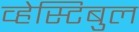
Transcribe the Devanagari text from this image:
व्हेस्टिबुल